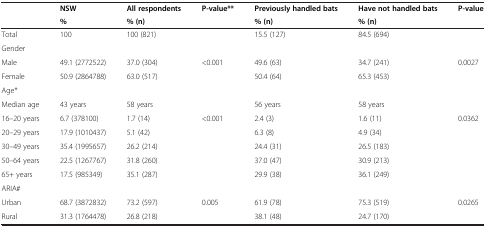
<table><thead><tr><td><b> </b></td><td><b>NSW</b></td><td><b>All respondents</b></td><td><b>P-value**</b></td><td><b>Previously handled bats</b></td><td><b>Have not handled bats</b></td><td><b>P-value</b></td></tr><tr><td><b> </b></td><td><b>%</b></td><td><b>% (n)</b></td><td><b> </b></td><td><b>% (n)</b></td><td><b>% (n)</b></td><td><b> </b></td></tr></thead><tbody><tr><td>Total</td><td>100</td><td>100 (821)</td><td> </td><td>15.5 (127)</td><td>84.5 (694)</td><td> </td></tr><tr><td>Gender</td><td> </td><td> </td><td> </td><td> </td><td> </td><td> </td></tr><tr><td>Male</td><td>49.1 (2772522)</td><td>37.0 (304)</td><td>&lt;0.001</td><td>49.6 (63)</td><td>34.7 (241)</td><td rowspan="2">0.0027</td></tr><tr><td>Female</td><td>50.9 (2864788)</td><td>63.0 (517)</td><td> </td><td>50.4 (64)</td><td>65.3 (453)</td></tr><tr><td>Age*</td><td> </td><td> </td><td> </td><td> </td><td> </td><td> </td></tr><tr><td>Median age</td><td>43 years</td><td>58 years</td><td> </td><td>56 years</td><td>58 years</td><td> </td></tr><tr><td>16–20 years</td><td>6.7 (378100)</td><td>1.7 (14)</td><td>&lt;0.001</td><td>2.4 (3)</td><td>1.6 (11)</td><td rowspan="5">0.0362</td></tr><tr><td>20–29 years</td><td>17.9 (1010437)</td><td>5.1 (42)</td><td> </td><td>6.3 (8)</td><td>4.9 (34)</td></tr><tr><td>30–49 years</td><td>35.4 (1995657)</td><td>26.2 (214)</td><td> </td><td>24.4 (31)</td><td>26.5 (183)</td></tr><tr><td>50–64 years</td><td>22.5 (1267767)</td><td>31.8 (260)</td><td> </td><td>37.0 (47)</td><td>30.9 (213)</td></tr><tr><td>65+ years</td><td>17.5 (985349)</td><td>35.1 (287)</td><td> </td><td>29.9 (38)</td><td>36.1 (249)</td></tr><tr><td>ARIA#</td><td> </td><td> </td><td> </td><td> </td><td> </td><td> </td></tr><tr><td>Urban</td><td>68.7 (3872832)</td><td>73.2 (597)</td><td>0.005</td><td>61.9 (78)</td><td>75.3 (519)</td><td>0.0265</td></tr><tr><td>Rural</td><td>31.3 (1764478)</td><td>26.8 (218)</td><td> </td><td>38.1 (48)</td><td>24.7 (170)</td><td> </td></tr></tbody></table>